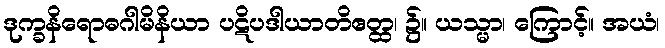
ဒုက္ခနိရောဓဂါမိနိယာ ပဋိပဒါယာတိဧတ္ထ၊ ၌။ ယသ္မာ၊ ကြောင့်။ အယံ၊